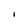
Character: I